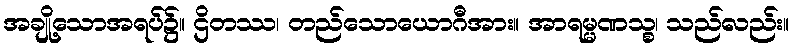
အချို့သောအရပ်၌။ ဌိတဿ၊ တည်သောယောဂီအား။ အာရမ္မဏသ္စ၊ သည်လည်း။